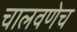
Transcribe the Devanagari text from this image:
चालवणेच